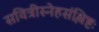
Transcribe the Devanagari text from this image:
सवित्रीस्नेहसंश्लिष्टः